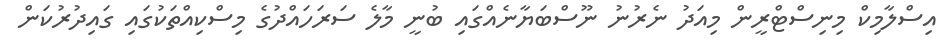
އިސްލާމިކް މިނިސްޓްރީން މިއަދު ނެރުނު ނޫސްބަޔާނެއްގައި ބުނީ މާލެ ސަރަހައްދުގެ މިސްކިއްތަކުގައި ގައިދުރުކަން